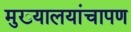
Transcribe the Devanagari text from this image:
मुख्यालयांचापण